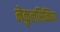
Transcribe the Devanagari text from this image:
नेकुलसिन्धिया